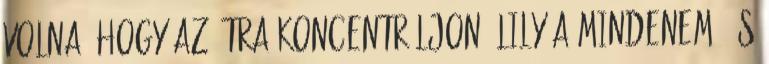
volna, hogy az útra koncentráljon? Lily a mindenem, és